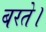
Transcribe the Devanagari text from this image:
बरते।